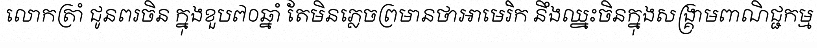
លោកត្រាំ ជូនពរចិន ក្នុងខួប៧០ឆ្នាំ តែមិនភ្លេចព្រមានថាអាមេរិក នឹងឈ្នះចិនក្នុងសង្គ្រាមពាណិជ្ជកម្ម